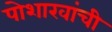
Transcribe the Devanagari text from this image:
पोशाखांची